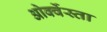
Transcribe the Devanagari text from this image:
ओर्क्वेस्ता